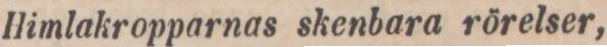
Himlakropparnas skenbara rörelser,